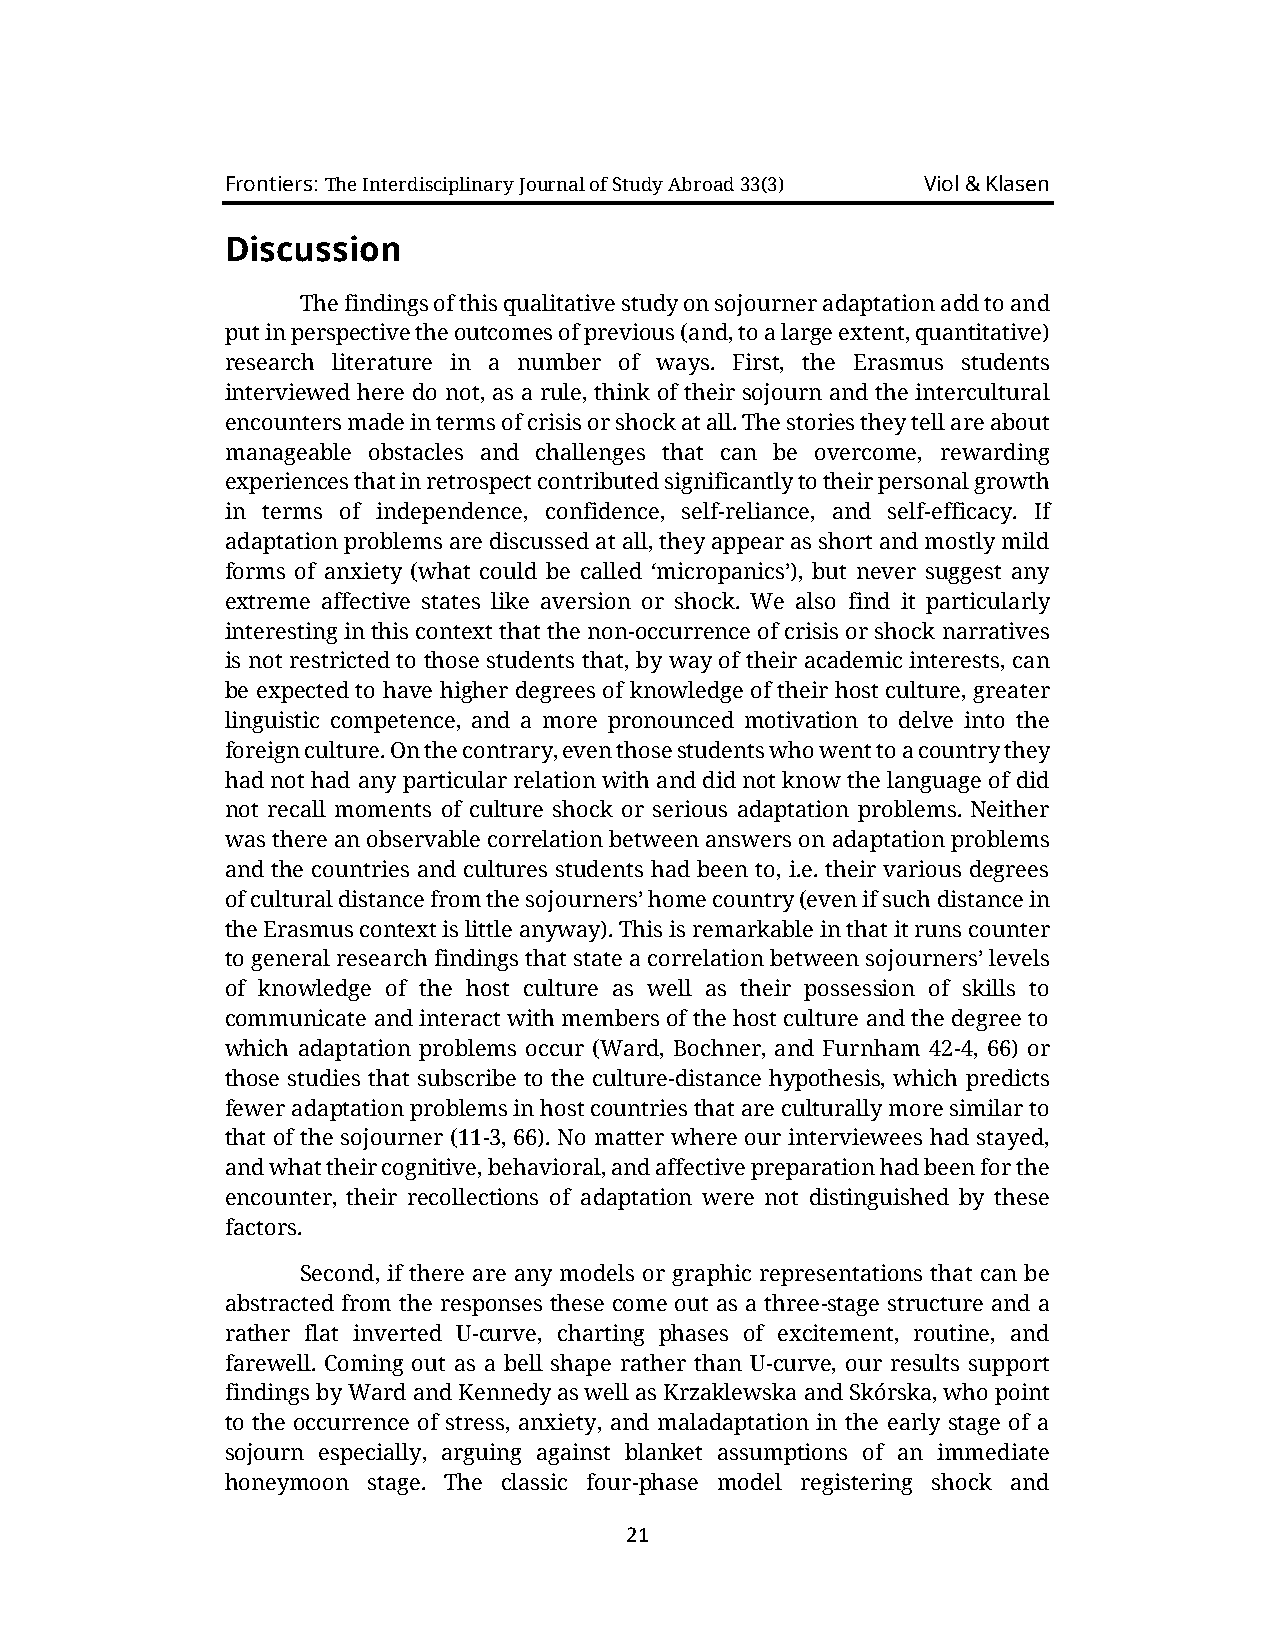
Frontiers: The Interdisciplinary Journal of Study Abroad 33(3) Viol & Klasen
 Discussion
 The findings of this qualitative study on sojourner adaptation add to and
 put in perspective the outcomes of previous (and, to a large extent, quantitative)
 research literature in a number of ways. First, the Erasmus students
 interviewed here do not, as a rule, think of their sojourn and the intercultural
 encounters made in terms of crisis or shock at all. The stories they tell are about
 manageable obstacles and challenges that can be overcome, rewarding
 experiences that in retrospect contributed significantly to their personal growth
 in terms of independence, confidence, self-reliance, and self-efficacy. If
 adaptation problems are discussed at all, they appear as short and mostly mild
 forms of anxiety (what could be called ‘micropanics’), but never suggest any
 extreme affective states like aversion or shock. We also find it particularly
 interesting in this context that the non-occurrence of crisis or shock narratives
 is not restricted to those students that, by way of their academic interests, can
 be expected to have higher degrees of knowledge of their host culture, greater
 linguistic competence, and a more pronounced motivation to delve into the
 foreign culture. On the contrary, even those students who went to a country they
 had not had any particular relation with and did not know the language of did
 not recall moments of culture shock or serious adaptation problems. Neither
 was there an observable correlation between answers on adaptation problems
 and the countries and cultures students had been to, i.e. their various degrees
 of cultural distance from the sojourners’ home country (even if such distance in
 the Erasmus context is little anyway). This is remarkable in that it runs counter
 to general research findings that state a correlation between sojourners’ levels
 of knowledge of the host culture as well as their possession of skills to
 communicate and interact with members of the host culture and the degree to
 which adaptation problems occur (Ward, Bochner, and Furnham 42-4, 66) or
 those studies that subscribe to the culture-distance hypothesis, which predicts
 fewer adaptation problems in host countries that are culturally more similar to
 that of the sojourner (11-3, 66). No matter where our interviewees had stayed,
 and what their cognitive, behavioral, and affective preparation had been for the
 encounter, their recollections of adaptation were not distinguished by these
 factors.
 Second, if there are any models or graphic representations that can be
 abstracted from the responses these come out as a three-stage structure and a
 rather flat inverted U-curve, charting phases of excitement, routine, and
 farewell. Coming out as a bell shape rather than U-curve, our results support
 findings by Ward and Kennedy as well as Krzaklewska and Skórska, who point
 to the occurrence of stress, anxiety, and maladaptation in the early stage of a
 sojourn especially, arguing against blanket assumptions of an immediate
 honeymoon stage. The classic four-phase model registering shock and
 21